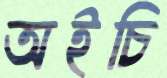
অইচি